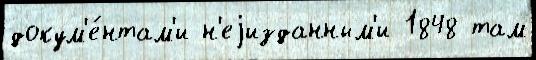
докум'е́нтам'и н'еjизданным'и 1848 там